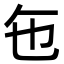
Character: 㐌